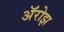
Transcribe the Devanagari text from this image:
ॲरोझ